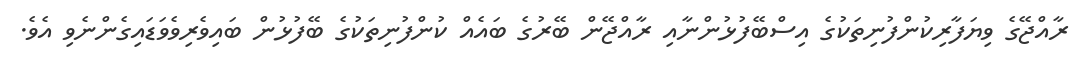
ރާއްޖޭގެ ވިޔަފާރިކުންފުނިތަކުގެ އިސްބޭފުޅުންނާއި ރާއްޖޭން ބޭރުގެ ބައެއް ކުންފުނިތަކުގެ ބޭފުޅުން ބައިވެރިވެވަޑައިގެންނެވި އެވެ.